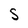
Character: s